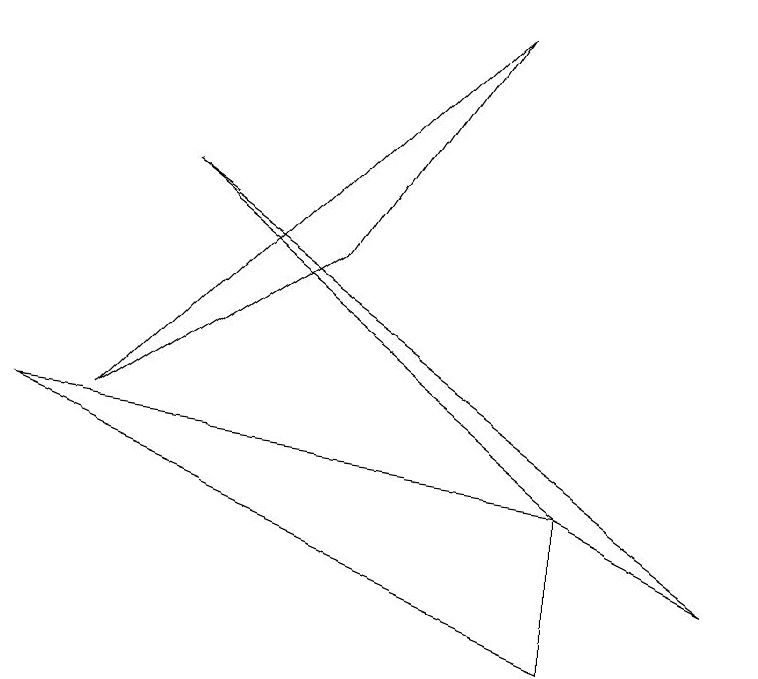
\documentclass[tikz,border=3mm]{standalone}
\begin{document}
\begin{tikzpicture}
\draw (2,7) -- (7,3) -- (9,2) -- cycle;
\draw (7,3) -- (0,4) -- (7,1) -- cycle;
\draw (1,4) -- (6,9) -- (4,6) -- cycle;
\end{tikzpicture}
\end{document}